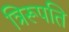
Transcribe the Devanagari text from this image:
त्रिरूपति